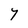
Character: 7